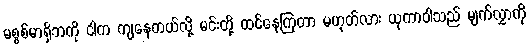
မစ္စစ်မာရှိဘကို ငါက ကျနေတယ်လို့ မင်းတို့ ထင်နေကြတာ မဟုတ်လား ယုကာဝါသည် မျက်လွှာကို